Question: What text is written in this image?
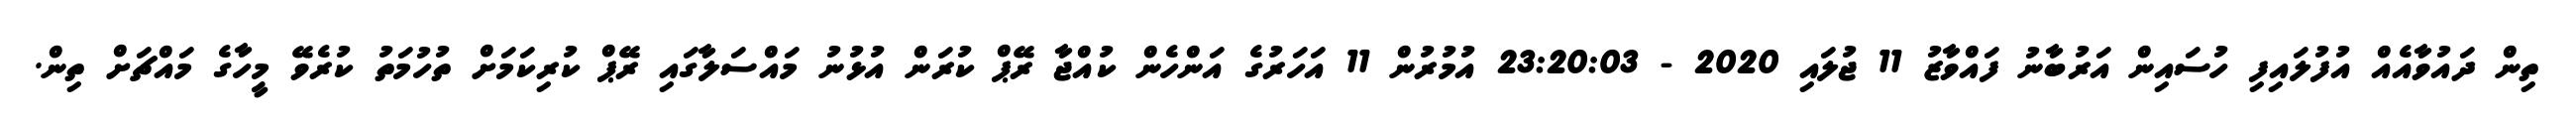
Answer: ތިން ދައުވާއެއް އުފުލައިފި ހުސައިން އަރުބާނު ފައްވާޒު 11 ޖުލައި 2020 - 23:20:03 އުމުރުން 11 އަހަރުގެ އަންހެން ކުއްޖާ ރޭޕް ކުރަން އުޅުނު މައްސަލާގައި ރޭޕް ކުރިކަމަށް ތުހުމަތު ކުރެވޭ މީހާގެ މައްޗަށް ތިން.